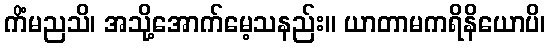
ကိံမညသိ၊ အသို့အောက်မေ့သနည်း။ ယာတာမကရိနိယောပိ၊